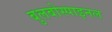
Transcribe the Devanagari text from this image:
बुलबोस्पाइनल